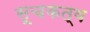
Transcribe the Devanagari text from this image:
सूचकत्व